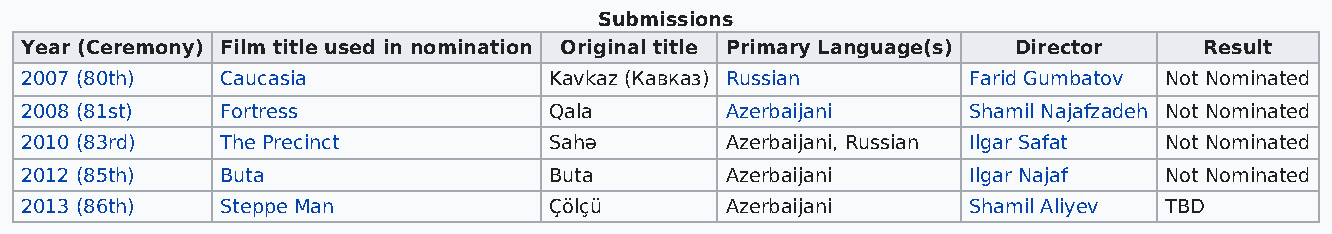
Submissions
 Year (Ceremony) Film title used in nomination Original title Primary Language(s) Director Result
 2007 (80th)   Caucasia             Kavkaz (Кавказ) Russian     Farid Gumbatov Not Nominated
 2008 (81st)   Fortress             Qala        Azerbaijani     Shamil Najafzadeh Not Nominated
 2010 (83rd)   The Precinct         Sahə        Azerbaijani, Russian Ilgar Safat Not Nominated
 2012 (85th)   Buta                 Buta        Azerbaijani     Ilgar Najaf  Not Nominated
 2013 (86th)   Steppe Man           Çölçü       Azerbaijani     Shamil Aliyev TBD